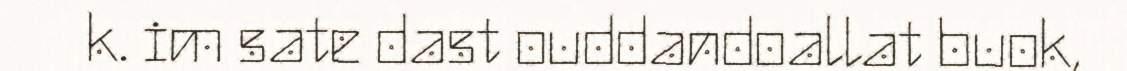
k. im sate dast ouddandoallat buok,